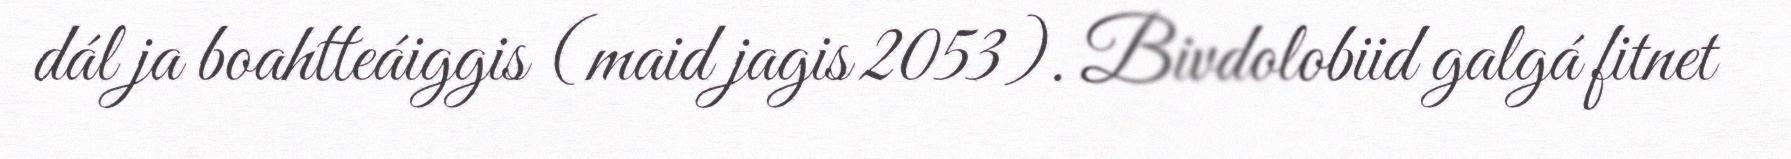
dál ja boahtteáiggis (maid jagis 2053). Bivdolobiid galgá fitnet